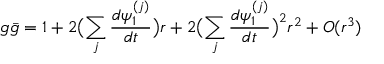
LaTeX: g \bar { g } = 1 + 2 \bigl ( \sum _ { j } \frac { d \psi _ { 1 } ^ { ( j ) } } { d t } \bigr ) r + 2 \bigl ( \sum _ { j } \frac { d \psi _ { 1 } ^ { ( j ) } } { d t } \bigr ) ^ { 2 } r ^ { 2 } + O ( r ^ { 3 } )